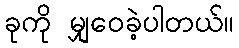
ခုကို မျှဝေခဲ့ပါတယ်။